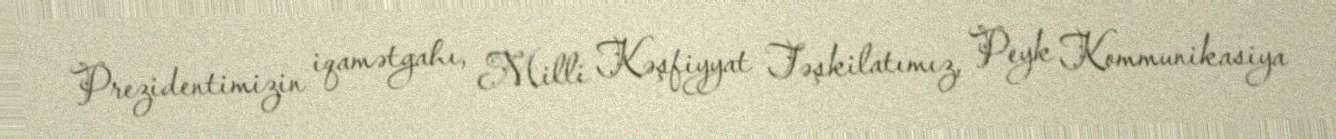
Prezidentimizin iqamətgahı, Milli Kəşfiyyat Təşkilatımız, Peyk Kommunikasiya